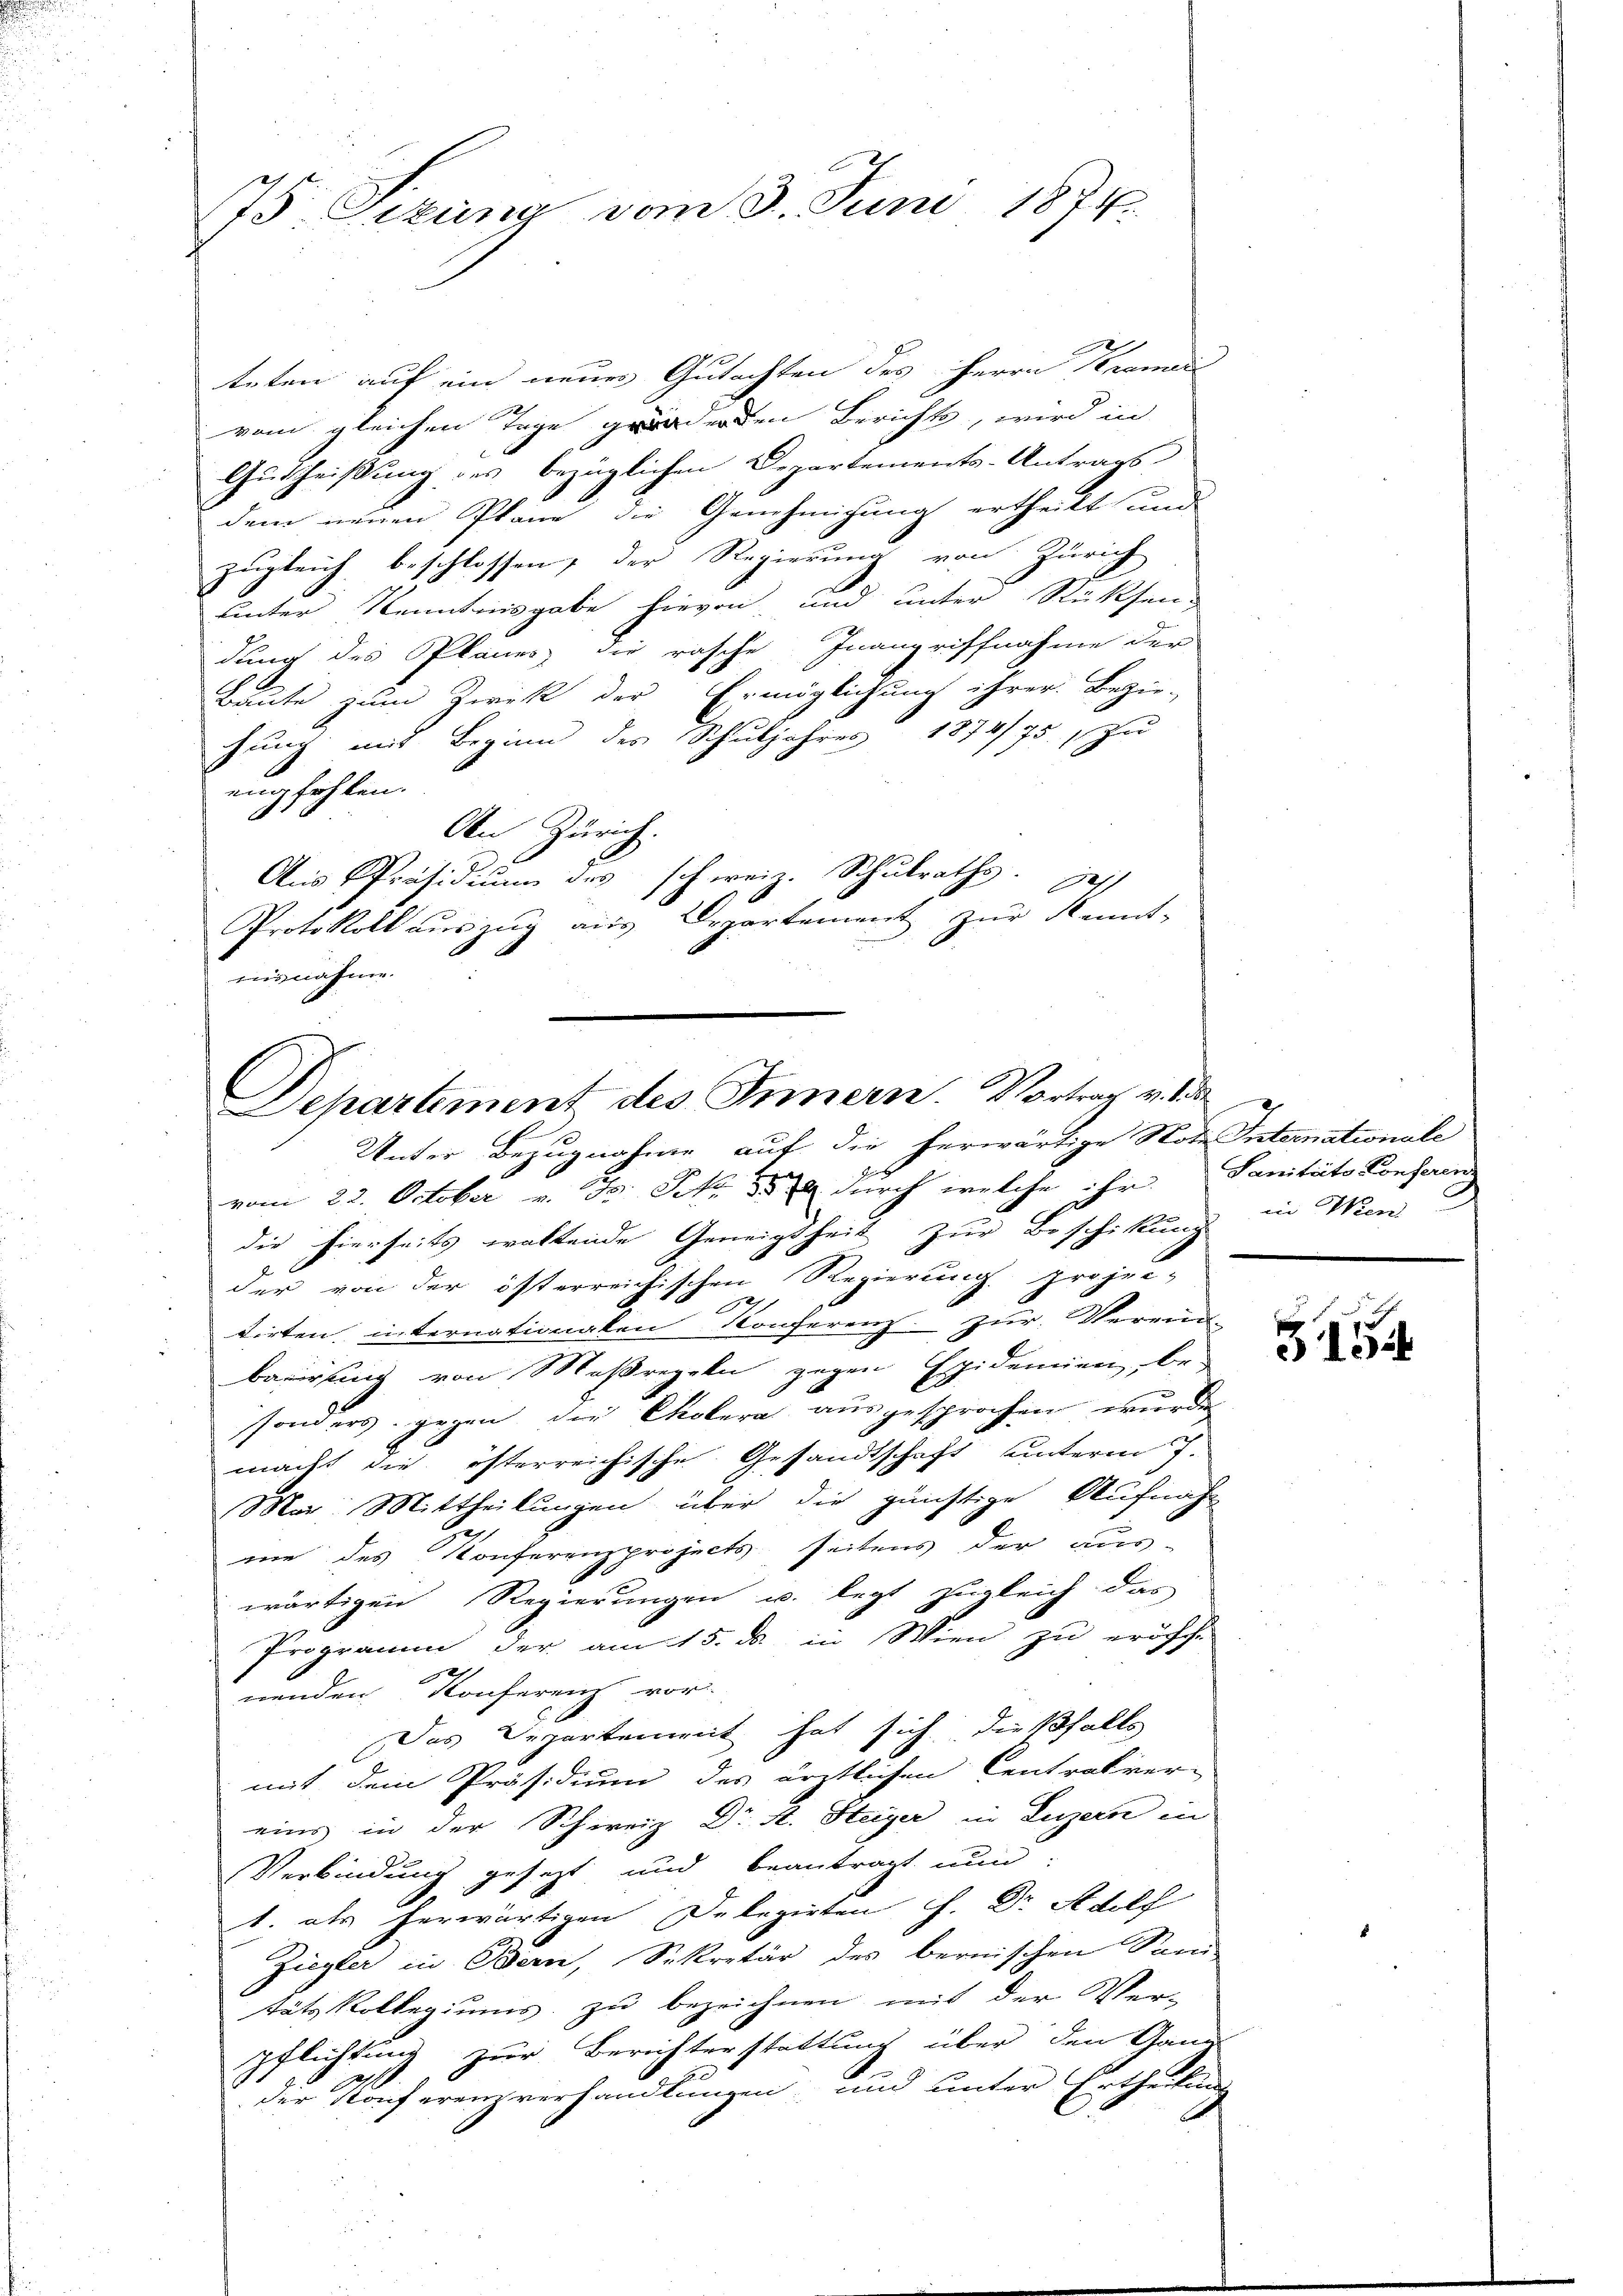
75 Sekung vom 3. Juni 1874.

teten auf ein neues Gutachten des Herrn Kramer
vom gleichen Tage geden Berichts, wird in
Gutheißung des bezüglichen Departements-Antrags
dem neuen Pläne die Genehmigung ertheilt und
zugleich beschlossen, der Regierung von Zürich
unter Kenntnisgabe hievon und unter Rücksen
dung des Planes die rasche Inangriffnahme der
Baute zum Zwek der Ermöglichung ihrer Bezie-
hung mit Beginn des Schuljahres 1874/75. zu
empfohlen.
A
An Zürich
Aus Präsidium des schweiz. Schulraths. Hess
Protokoll aŭszŭg aŭs Departement zŭr Kennt-
nisnahmen.

Departiment des Innern. Vortrag v.

Unter Bezugnahme auf die herwärtige Note Internationale
vom 22. October J. J. 1889 durch welche ihr Sanitato Conferen
die hierseits waltende Geneigtheit zur Beschikung in Men
der von der österreichischen Regierung projec-
1
1
tirten internationalen Konferenz zur Verein
bauirung von Maßregeln gegen Epidemien, besonders gegen die Cholera ausgesprochen wurde
macht die österreichische Gesandtschaft unterm 7.
Mar: Mittheilungen über die günstige Aufnah
me des Konferenzprojects seitens der aus-
wärtigen Regierungen u. legt zugleich das
Programm der am 15. ds. in Wien zu eröfch-
nenden Konferenz vor
Das Departemet hat sich dießfalls
mit dem Präsidium des ärztlichen Centralver-
eins in der Schweiz Dr. St. Steiger in Luzern in
Verbindung gesezt und beantragt nun
1. als herwärtigen Delegirten H. Dr Adolf
Ziegler in Bern, Sekretär des bernischen Sani-
tätz Kollegiums zu bezeichnen mit der Ver-
pflichtung zur Berichterstattung über den Ganz
der Konferenzverhandlungen und unter Ertheilung

3454